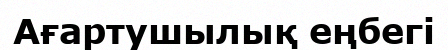
Ағартушылық еңбегі